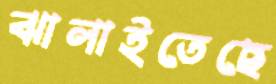
ঝালাইতেছে